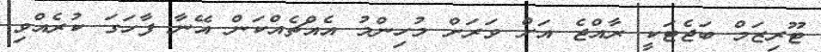
ޓޫރިޒަމް ބަޖެޓަކީ ރާއްޖެ އަށް ވަރަށް މުހިންމު އެއްޗެއްކަން އޭނާ ފާހަގަ ކުރެއްވި